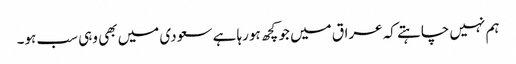
ہم نہیں چاہتے کہ عراق میں جو کچھ ہورہا ہے سعودی میں بھی وہی سب ہو۔